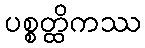
ပစ္စတ္ထိကဿ